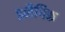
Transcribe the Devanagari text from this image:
इलैगिक